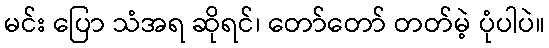
မင်း ပြော သံအရ ဆိုရင်၊ တော်တော် တတ်မဲ့ ပုံပါပဲ။